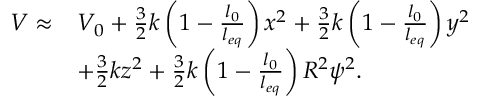
\begin{array} { r l } { V \approx } & { V _ { 0 } + \frac { 3 } { 2 } k \left( 1 - \frac { l _ { 0 } } { l _ { e q } } \right) x ^ { 2 } + \frac { 3 } { 2 } k \left( 1 - \frac { l _ { 0 } } { l _ { e q } } \right) y ^ { 2 } } \\ & { + \frac { 3 } { 2 } k z ^ { 2 } + \frac { 3 } { 2 } k \left( 1 - \frac { l _ { 0 } } { l _ { e q } } \right) R ^ { 2 } \psi ^ { 2 } . } \end{array}